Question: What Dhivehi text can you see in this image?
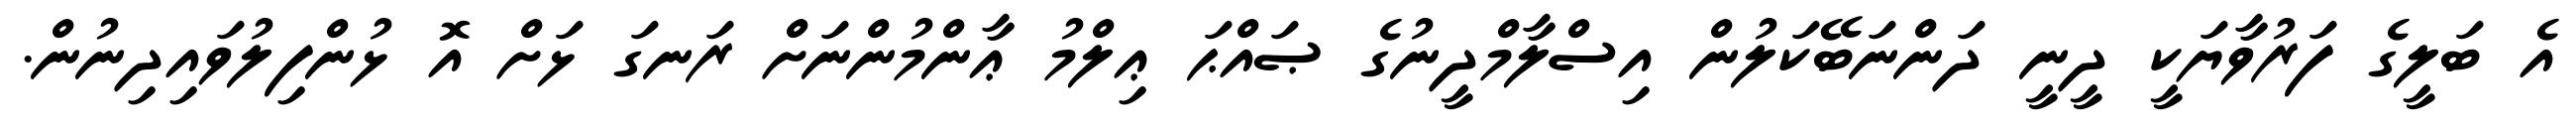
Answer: އެ ބަލީގެ ފަރުވާޔަކީ ދީނީ ދަންނަބޭކަލުން އިސްލާމްދީނުގެ ޞައްޙަ ޢިލްމު ޢާންމުންނަށް ރަނގަ ޅަށް އޮ ޅުންފިލުވައިދިނުން.